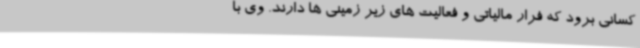
کسانی برود که فرار مالیاتی و فعالیت های زیر زمینی ها دارند. وی با